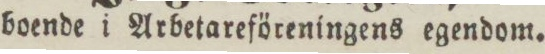
boende i Arbetareföreningens egendom.